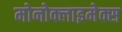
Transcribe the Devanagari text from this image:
मोनोक्लाइमेक्स